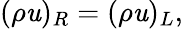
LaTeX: (\rho\mathit{u})_{R}=(\rho\mathit{u})_{L},